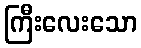
ကြီးလေးသော